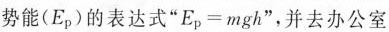
势能(E_{p})的表达式”$$E p = m g h$$”，并去办公室